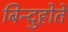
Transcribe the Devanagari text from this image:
बिन्दुहोते